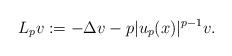
LaTeX: \begin{align*} L_{p} v: = -\Delta v-p|u_p(x)|^{p-1}v.\end{align*}